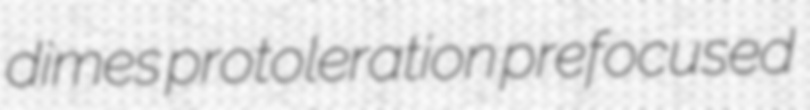
dimes protoleration prefocused